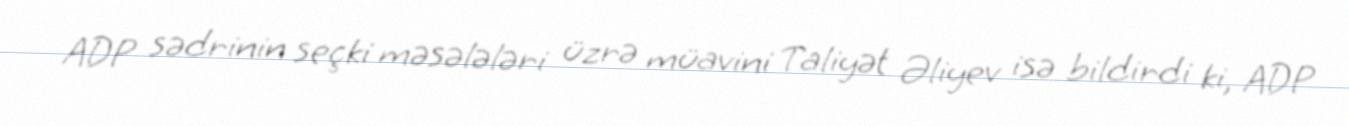
ADP sədrinin seçki məsələləri üzrə müavini Taliyət Əliyev isə bildirdi ki, ADP